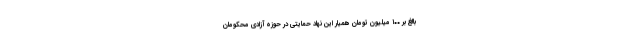
بالغ بر ۱۰۰ میلیون تومان همیار این نهاد حمایتی در حوزه آزادی محکومان